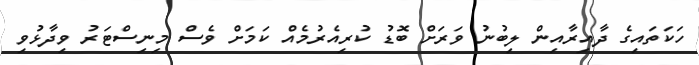
ހަކަތައިގެ ދާއިރާއިން ލިބުނު ވަރަށް ބޮޑު ކުރިއެރުމެއް ކަމަށް ވެސް މިނިސްޓަރު ވިދާޅުވި